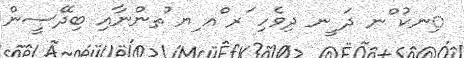
ިނކު ްނ ދަ ީނ ދިވެހި ަރ ްއ ިޔ ުތންނާއި ބިދޭސީން